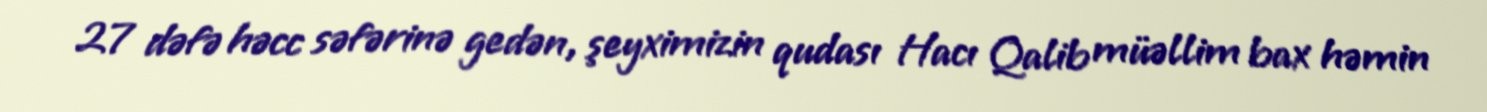
27 dəfə həcc səfərinə gedən, şeyximizin qudası Hacı Qalib müəllim bax həmin